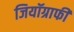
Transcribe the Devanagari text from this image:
जियॉग्राफी